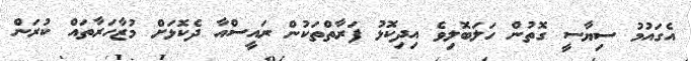
އެގައުމު ސިޔާސީ ގޮތުން ހަލަބޮލިވެ އިދިކޮޅު ފަރާތްތަކުން ރައީސްއާ ދެކޮޅަށް މުޒާހަރާތައް ކުރަން